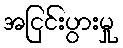
အငြင်းပွားမှု